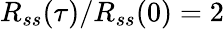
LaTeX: R_{ss}(\tau)/R_{ss}(0)=2